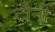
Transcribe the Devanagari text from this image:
टौनी